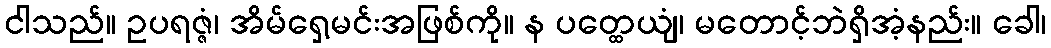
ငါသည်။ ဥပရဇ္ဇံ၊ အိမ်ရှေ့မင်းအဖြစ်ကို။ န ပတ္ထေယျံ၊ မတောင့်ဘဲရှိအံ့နည်း။ ခေါ၊